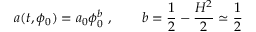
a ( t , \phi _ { 0 } ) = a _ { 0 } \phi _ { 0 } ^ { b } ~ , \qquad b = \frac { 1 } { 2 } - \frac { H ^ { 2 } } { 2 } \simeq \frac { 1 } { 2 }